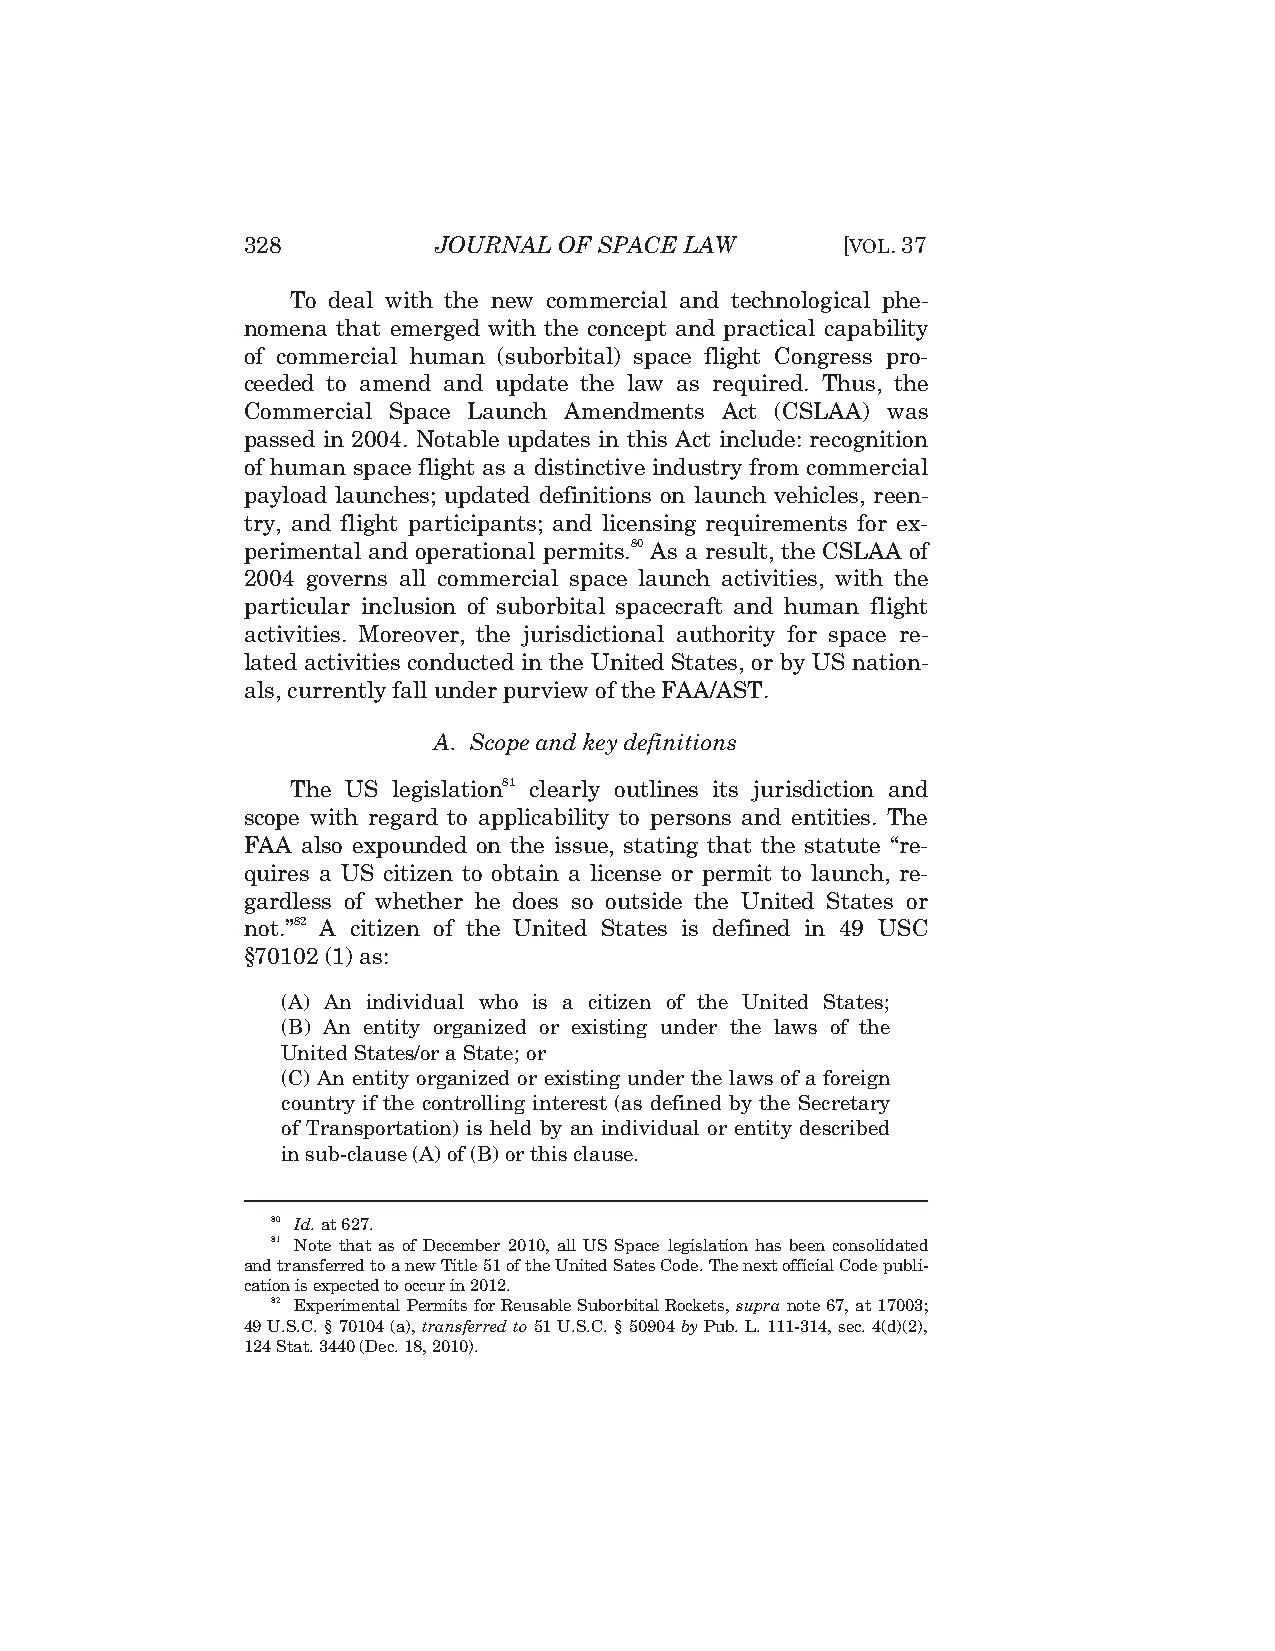
328          JOURNAL OF SPACE LAW       [VOL.37
 To deal with the new commercial and technological phe-
 nomena that emerged with the concept and practical capability
 of commercial human (suborbital) space flight Congress pro-
 ceeded to amend and update the law as required. Thus, the
 Commercial Space Launch Amendments Act (CSLAA) was
 passed in 2004. Notable updates in this Act include: recognition
 of human space flight as a distinctive industry from commercial
 payload launches; updated definitions on launch vehicles, reen-
 try, and flight participants; and licensing requirements for ex-
 perimental and operational permits.80 As a result, the CSLAA of
 2004 governs all commercial space launch activities, with the
 particular inclusion of suborbital spacecraft and human flight
 activities. Moreover, the jurisdictional authority for space re-
 lated activities conducted in the United States, or by US nation-
 als, currently fall under purview of the FAA/AST.
 A. Scope and key definitions
 The US legislation81 clearly outlines its jurisdiction and
 scope with regard to applicability to persons and entities. The
 FAA also expounded on the issue, stating that the statute “re-
 quires a US citizen to obtain a license or permit to launch, re-
 gardless of whether he does so outside the United States or
 not.”82 A citizen of the United States is defined in 49 USC
 §70102 (1) as:
 (A) An individual who is a citizen of the United States;
 (B) An entity organized or existing under the laws of the
 United States/or a State; or
 (C) An entity organized or existing under the laws of a foreign
 country if the controlling interest (as defined by the Secretary
 of Transportation) is held by an individual or entity described
 in sub-clause (A) of (B) or this clause.
 80 Id. at 627.
 81 Note that as of December 2010, all US Space legislation has been consolidated
 and transferred to a new Title 51 of the United Sates Code. The next official Code publi-
 cation is expected to occur in 2012.
 82 Experimental Permits for Reusable Suborbital Rockets, supra note 67, at 17003;
 49 U.S.C. § 70104 (a), transferred to 51 U.S.C. § 50904 by Pub. L. 111-314, sec. 4(d)(2),
 124 Stat. 3440 (Dec. 18, 2010).